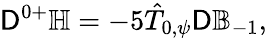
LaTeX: \mathsf{D}^{0+}\mathbb{H}=-5\hat{T}_{0,\psi}\mathsf{D}\mathbb{B}_{-1},